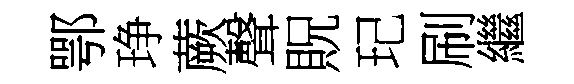
鄂琤蕨聲貺玘刷繼